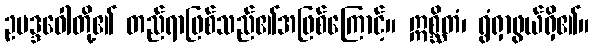
ဥပဒ္ဒဝေါတို့၏ တည်ရာဖြစ်သည်၏အဖြစ်ကြောင့်။ ဣစ္ဆိတံ၊ ရွံရှာဖွယ်ရှိ၏။